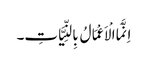
اِنَّمَا الْاَعْمَالُ بِالنِّیَّاتِ۔